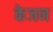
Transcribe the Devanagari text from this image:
केजन